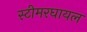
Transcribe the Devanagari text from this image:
स्टीमरघायल